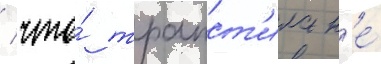
/ что́ трапст'ила н'е́